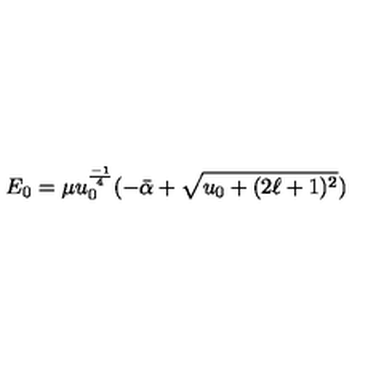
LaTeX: E _ { 0 } = \mu u _ { 0 } ^ { \frac { - 1 } { 4 } } ( - \bar { \alpha } + \sqrt { u _ { 0 } + ( 2 \ell + 1 ) ^ { 2 } } )